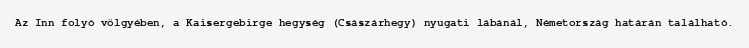
Az Inn folyó völgyében, a Kaisergebirge hegység (Császárhegy) nyugati lábánál, Németország határán található.